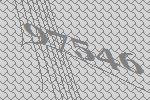
97546